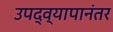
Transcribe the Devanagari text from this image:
उपद्व्यापानंतर